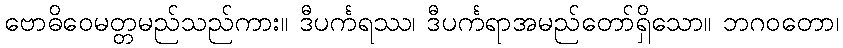
ဗောဓိဝေမတ္တမည်သည်ကား။ ဒီပင်္ကရဿ၊ ဒီပင်္ကရာအမည်တော်ရှိသော။ ဘဂဝတော၊